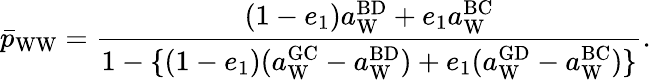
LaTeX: \bar{p}_{\mathrm{WW}}=\frac{(1-e_{1})a_{\mathrm{W}}^{\mathrm{BD}}+e_{1}a_{\mathrm{W}}^{\mathrm{BC}}}{1-\{ (1-e_{1})(a_{\mathrm{W}}^{\mathrm{GC}}-a_{\mathrm{W}}^{\mathrm{BD}})+e_{1}(a_{\mathrm{W}}^{\mathrm{GD}}-a_{\mathrm{W}}^{\mathrm{BC}})\} }.